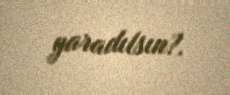
yaradılsın?.